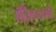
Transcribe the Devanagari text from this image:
रॉलिंग्जच्या